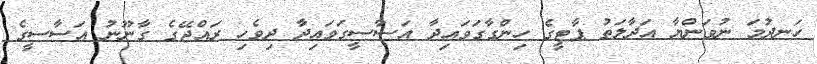
ހަނދުމަ ނުވަންޔާ އަދާލަތު ޕާޓީގެ ހިންގާގަވައިދާ އަސާސީގަވައިދާ ދިވެހި ރައްޖޭގެ ގާނޫނު އަސާސީގެ